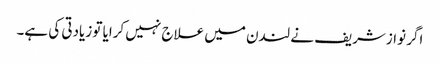
اگر نوازشریف نے لندن میں علاج نہیں کرایا تو زیادتی کی ہے۔